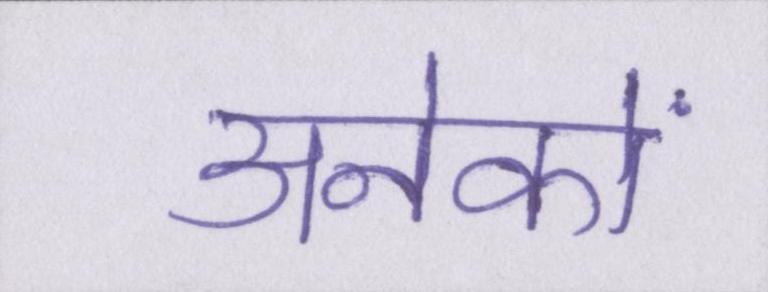
अनेकों